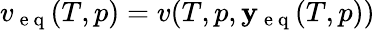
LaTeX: v_{\mathrm{~e~q~}}(T,p)=v(T,p,\mathbf{y_{\mathrm{~e~q~}}}(T,p))